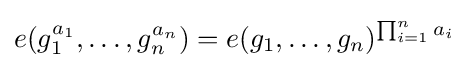
e(g_{1}^{a_{1}},\ldots ,g_{n}^{a_{n}})=e(g_{1},\ldots ,g_{n})^{\prod _{i=1}^{n}a_{i}}